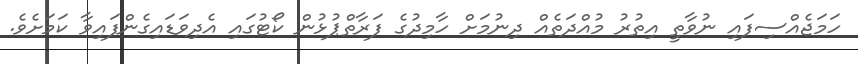
ހަމަޖެއްސިފައި ނުވާތީ އިތުރު މުއްދަތެއް ދިނުމަށް ހާމިދުގެ ފަރާތްޕުޅުން ކޯޓުގައި އެދިވަޑައިގެންފައިވާ ކަމަށެވެ.